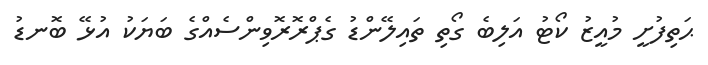
ޙަތިފުށީ މުއީޒު ކޯޓު އަލިބެ ގޯތި ތައިލޭންޑު ގެޕްރޮރޮވިންސެއްގެ ބަޔަކު އުޅޭ ބޮނޑު